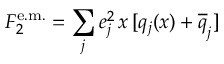
F _ { 2 } ^ { \mathrm { e . m . } } = \sum _ { j } e _ { j } ^ { 2 } \, x \, [ q _ { j } ( x ) + \overline { { { q } } } _ { j } ]